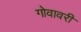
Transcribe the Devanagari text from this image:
गोवावरी